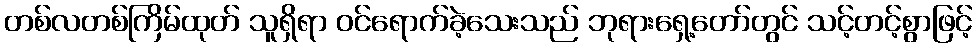
တစ်လတစ်ကြိမ်ထုတ် သူရှိရာ ဝင်ရောက်ခဲ့သေးသည် ဘုရားရှေ့တော်တွင် သင့်တင့်စွာဖြင့်